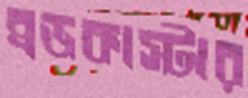
ব্রডকাস্টার